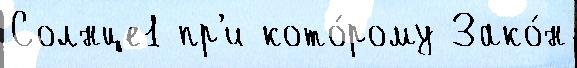
Солнце1 пр'и кото́рому Зако́н